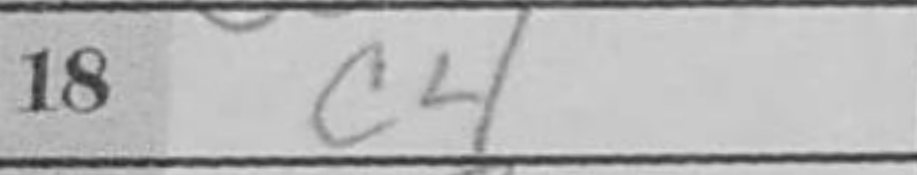
Transcription: c4